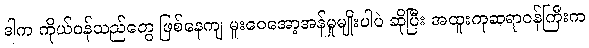
ဒါက ကိုယ်ဝန်သည်တွေ ဖြစ်နေကျ မူးဝေအော့အန်မှုမျိုးပါပဲ ဆိုပြီး အထူးကုဆရာဝန်ကြီးက